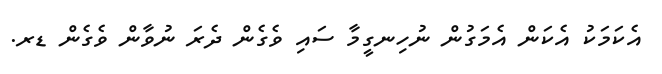
އެކަމަކު އެކަން އެމަގުން ނުހިނގީމާ ސައި ވެގެން ދެރަ ނުވާން ވެގެން ޑރ.